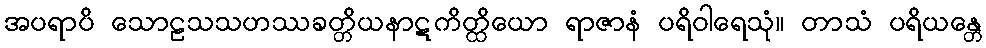
အပရာပိ သောဠသသဟဿခတ္တိယနာဋကိတ္ထိယော ရာဇာနံ ပရိဝါရေသုံ။ တာသံ ပရိယန္တေ